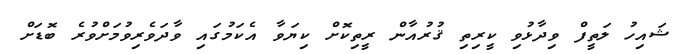
ޝައިހު ލަތީފް ވިދާޅުވި ކީރިތި ޤުރުއާން ރީތިކޮށް ކިޔަވާ އެކަމުގައި ވާދަވެރިވުމަށްވުރެ ބޮޑަށް